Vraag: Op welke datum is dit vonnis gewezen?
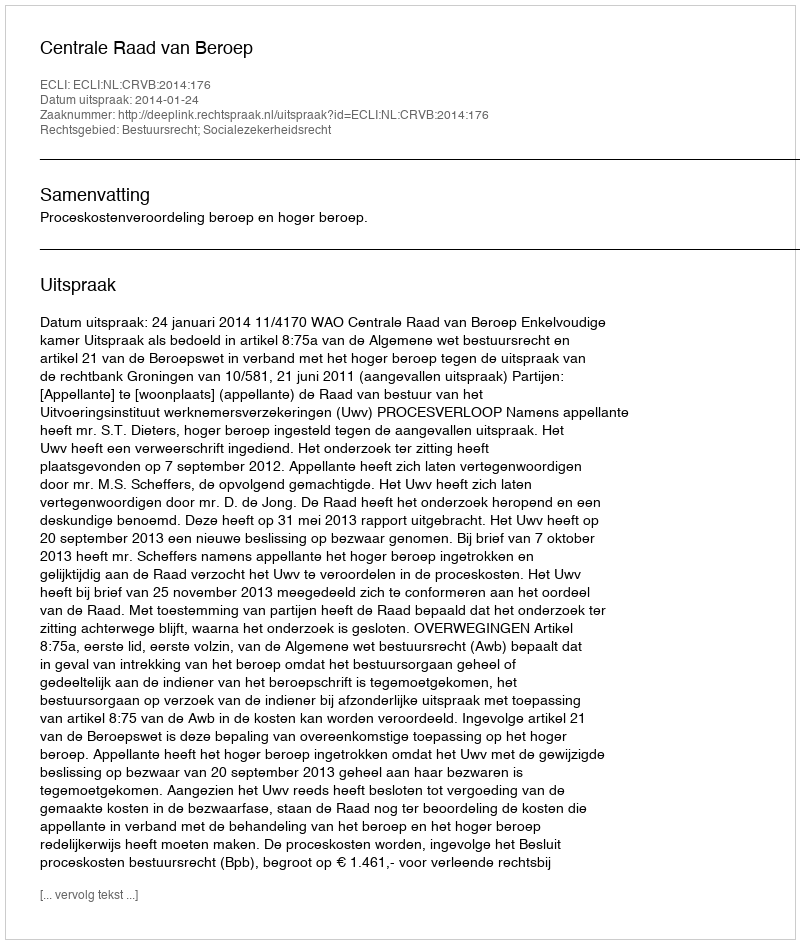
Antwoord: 2014-01-24